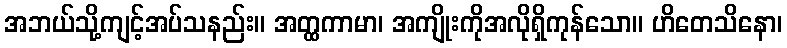
အဘယ်သို့ကျင့်အပ်သနည်း။ အတ္ထကာမာ၊ အကျိုးကိုအလိုရှိကုန်သော။ ဟိတေသိနော၊